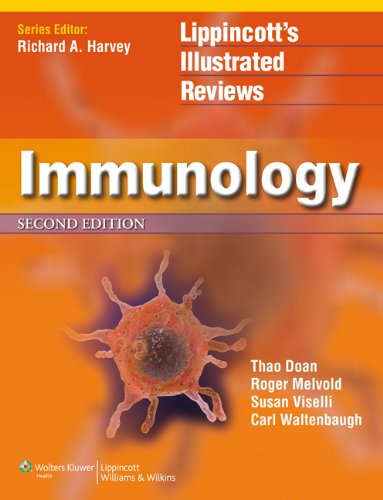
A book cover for Immunology (Lippincott Illustrated Reviews Series); Thao Doan MD; Medical Books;